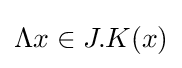
\Lambda x\in J.K(x)